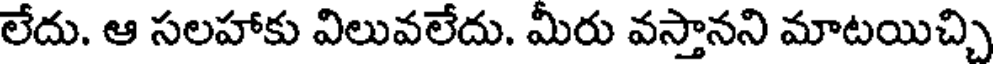
లేదు. ఆ సలహాకు విలువలేదు. మీరు వస్తానని మాటయిచ్చి